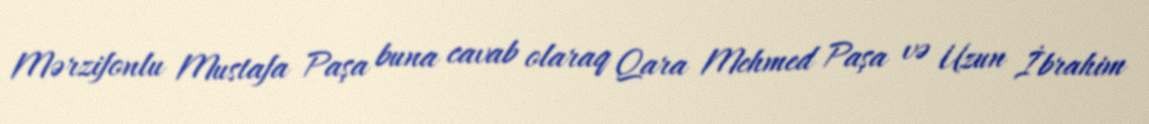
Mərzifonlu Mustafa Paşa buna cavab olaraq Qara Mehmed Paşa və Uzun İbrahim